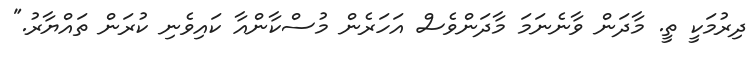
ދިރުމަކީ ތީ. މާދަން ވާނެނަމަ މާދަންވެސް އަހަރެން މުސްކާންއާ ކައިވެނި ކުރަން ތައްޔާރު."